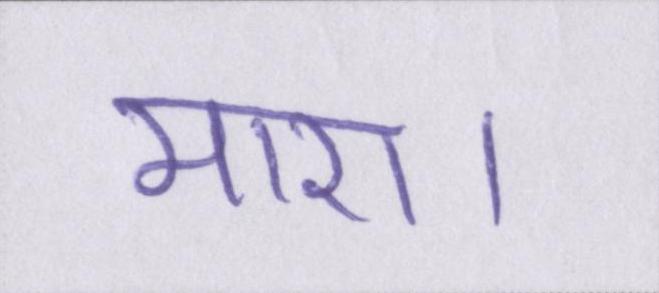
मारा।